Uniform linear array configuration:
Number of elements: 64
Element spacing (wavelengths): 1
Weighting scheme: kaiser
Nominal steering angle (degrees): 30
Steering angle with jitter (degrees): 29.554
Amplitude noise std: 0.05
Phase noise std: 0.05

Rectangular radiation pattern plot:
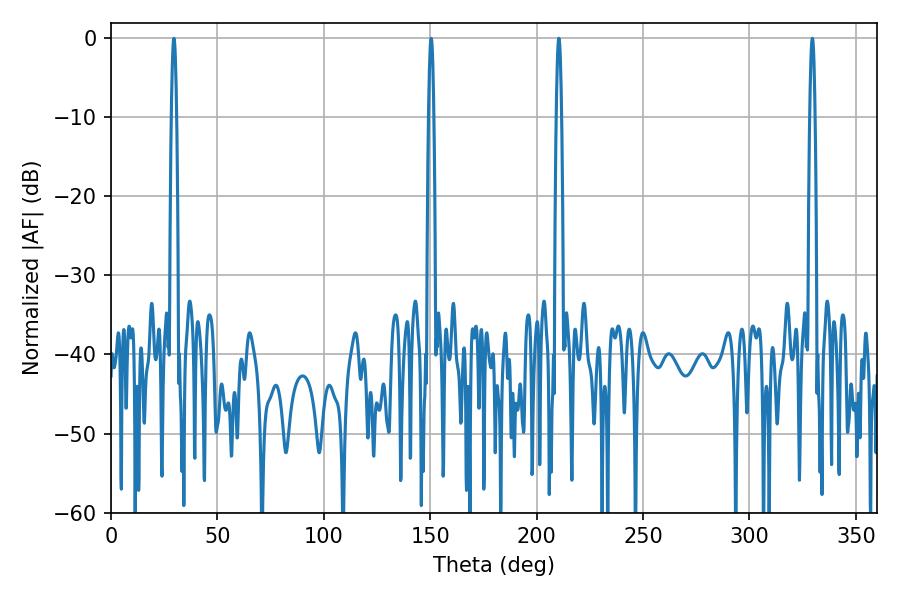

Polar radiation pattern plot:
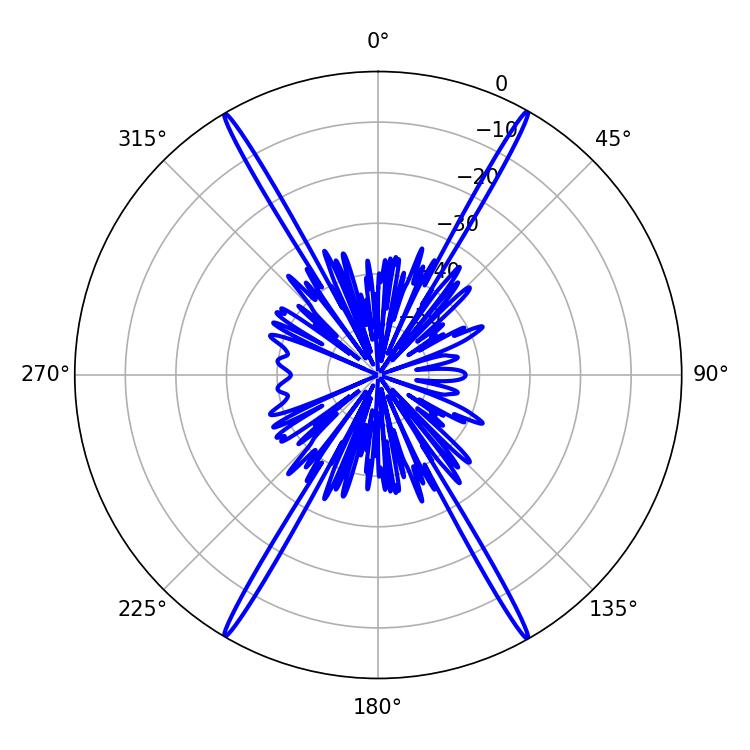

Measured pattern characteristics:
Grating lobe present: TRUE
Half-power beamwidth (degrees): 1.26
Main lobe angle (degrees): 210.42